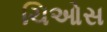
ચિઓસ